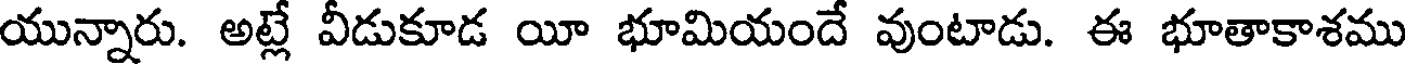
యున్నారు. అట్లే వీడుకూడ యీ భూమియందే వుంటాడు. ఈ భూతాకాశము